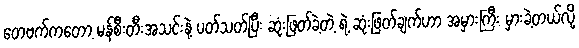
တေဗက်ကတော့ မန်စီးတီးအသင်းနဲ့ ပတ်သတ်ပြီး ဆုံးဖြတ်ခဲ့တဲ့ ရဲ့ ဆုံးဖြတ်ချက်ဟာ အမှားကြီး မှားခဲ့တယ်လို့